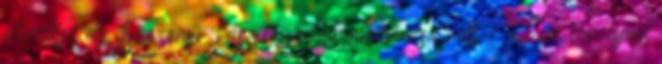
előadója dr. Szörényi László irodalomtörténész volt. Őt már tavalyról